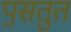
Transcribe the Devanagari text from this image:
पॖसतुत